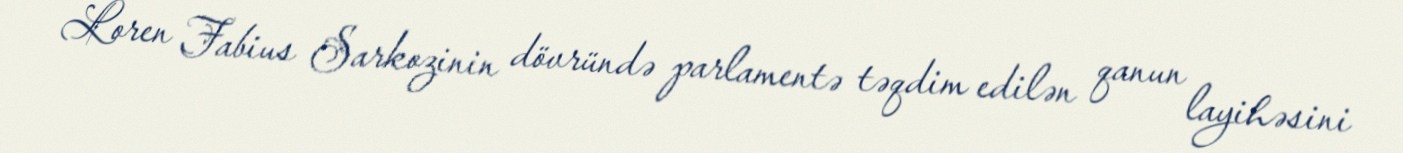
Loren Fabius Sarkozinin dövründə parlamentə təqdim edilən qanun layihəsini